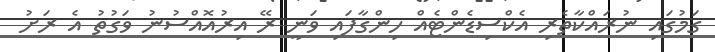
ގަމުގައި ނުރައްކާތެރި އެކްސިޑެންޓެއް ހިންގާފައި ވަނީ ރޭ އިރުއޮއްސުނު ވަގުތު އެ ރަށު